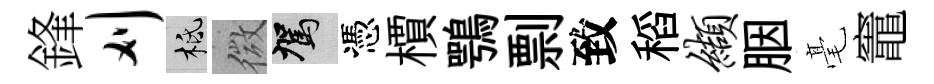
鋒刈柢微駕憑檟鶚剽致稻缬胭毫竈